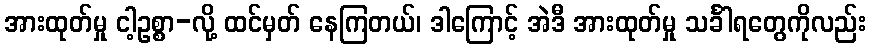
အားထုတ်မှု ငါ့ဥစ္စာ-လို့ ထင်မှတ် နေကြတယ်၊ ဒါကြောင့် အဲဒီ အားထုတ်မှု သင်္ခါရတွေကိုလည်း